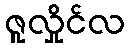
ဇူလှိုင်လ